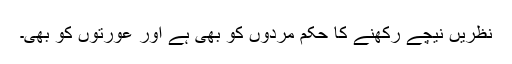
نظریں نیچے رکھنے کا حکم مردوں کو بھی ہے اور عورتوں کو بھی۔